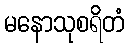
မနောသုစရိတံ